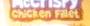
chicken